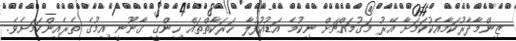
ޒިންމާދާރުކަމާއެކުކަމަށާ އޭރު މަގުމައްޗަށް ނިކުމެ އަޑުއުފުލާ ހަރަކާތްތައް ހިންގީ ގާނޫނީ އިމުގެ ތެރެއިންކަމަށެވެ.